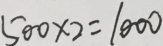
5 0 0 \times 2 = 1 0 0 0